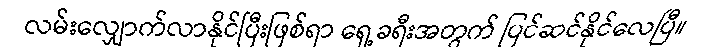
လမ်းလျှောက်လာနိုင်ပြီးဖြစ်ရာ ရှေ့ခရီးအတွက် ပြင်ဆင်နိုင်လေပြီ။